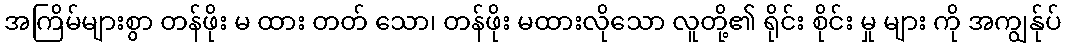
အကြိမ်များစွာ တန်ဖိုး မ ထား တတ် သော၊ တန်ဖိုး မထားလိုသော လူတို့၏ ရိုင်း စိုင်း မှု များ ကို အကျွန်ုပ်